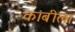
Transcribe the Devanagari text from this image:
कांबीला